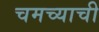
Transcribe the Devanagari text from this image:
चमच्याची